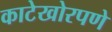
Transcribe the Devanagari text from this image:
काटेखोरपणे